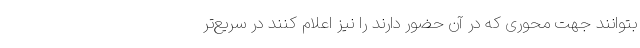
بتوانند جهت محوری که در آن حضور دارند را نیز اعلام کنند در سریع‌تر